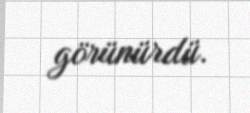
görünürdü.